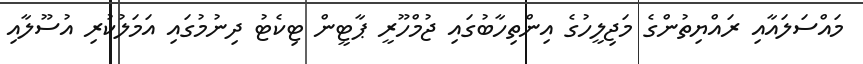
މައްސަލައާއި ރައްޔިތުންގެ މަޖިލީހުގެ އިންތިހާބުގައި ޖުމްހޫރީ ޕާޓީން ޓިކެޓު ދިނުމުގައި އަމަލުކުރި އުސޫލާއި